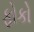
ફોકો